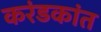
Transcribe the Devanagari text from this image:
करंडकांत